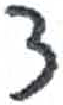
אות: צ